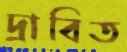
দ্রাবিত